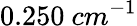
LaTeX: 0.250\ cm^{-1}